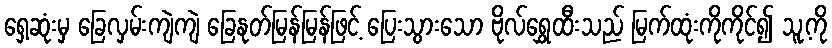
ရှေ့ဆုံးမှ ခြေလှမ်းကျဲကျဲ ခြေနုတ်မြန်မြန်ဖြင့် ပြေးသွားသော ဗိုလ်ရွှေထီးသည် မြက်ထုံးကိုကိုင်၍ သူ့ကို